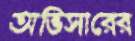
অভিসারের